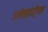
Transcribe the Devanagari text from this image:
अलेक्झांड्रीयात